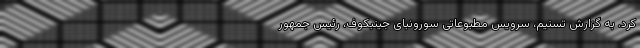
کرد. به گزارش تسنیم، سرویس مطبوعاتی سورونبای جینبکوف، رئیس جمهور